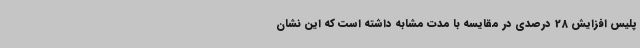
پلیس افزایش 28 درصدی در مقایسه با مدت مشابه داشته است که این نشان